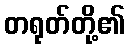
တရုတ်တို့၏